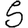
Digit: 5